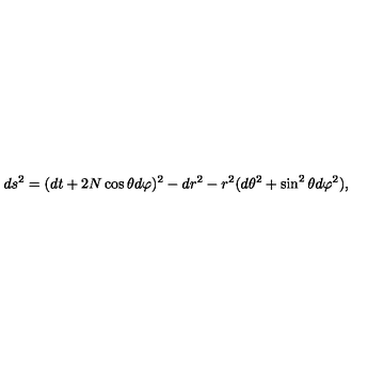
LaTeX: d s ^ { 2 } = ( d t + 2 N \cos \theta d \varphi ) ^ { 2 } - d r ^ { 2 } - r ^ { 2 } ( d \theta ^ { 2 } + \sin ^ { 2 } \theta d \varphi ^ { 2 } ) ,